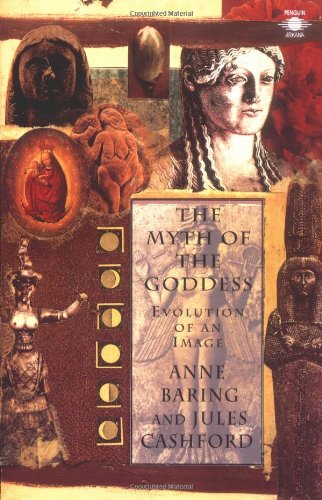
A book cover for The Myth of the Goddess: Evolution of an Image; Jules Cashford; Literature & Fiction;